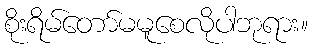
စိုးရိမ်တော်မမူစေလိုပါဘုရား။